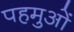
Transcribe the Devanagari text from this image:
पहमुओं